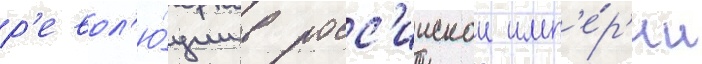
р'евол'ю́ции в росс'иискои имп'е́р'ии